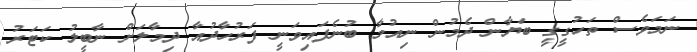
ނަމަވެސް ތަހުގީގީ ބަޔާން ދެމުން ނިއުމާ ބުނެފައިވަނީ ފަރުހާދުއާ ދިމާލަށް ނާބީލު ކަޓަރު